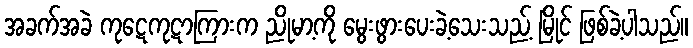
အခက်အခဲ ကုဋေကုဋာကြားက ညိုမာ့ကို မွေးဖွားပေးခဲ့သေးသည့် မြိုင် ဖြစ်ခဲ့ပါသည်။